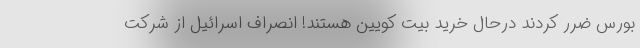
بورس ضرر کردند درحال خرید بیت کویین هستند! انصراف اسرائیل از شرکت